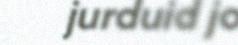
jurduid jo